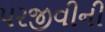
પરજીવીની